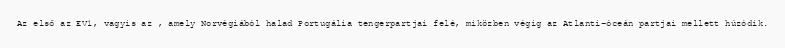
Az első az EV1, vagyis az , amely Norvégiából halad Portugália tengerpartjai felé, miközben végig az Atlanti-óceán partjai mellett húzódik.